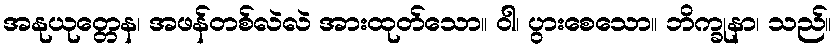
အနုယုတ္တေန၊ အဖန်တစ်လဲလဲ အားထုတ်သော။ ဝါ၊ ပွားစေသော။ ဘိက္ခုနာ၊ သည်။